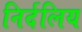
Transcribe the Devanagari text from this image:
निर्दलिय